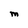
Character: M